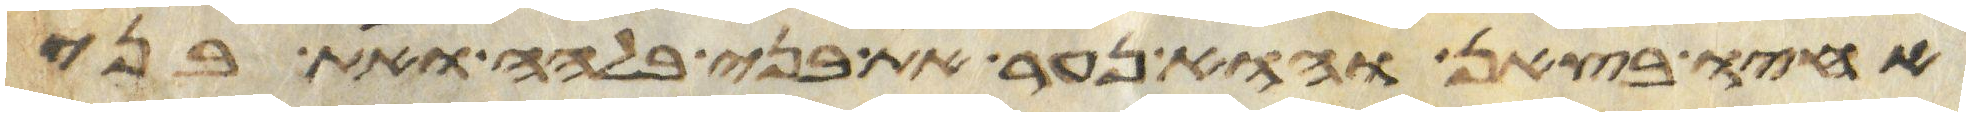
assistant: אחיו בצאן והוא נער את בני בלהה ואת בני